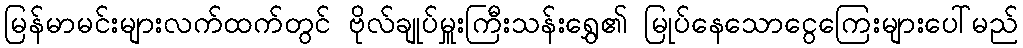
မြန်မာမင်းများလက်ထက်တွင် ဗိုလ်ချုပ်မှူးကြီးသန်းရွှေ၏ မြုပ်နေသောငွေကြေးများပေါ်မည်